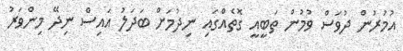
އުމުރުން ދުވަސް ވުމުން ތަބީއީ ގޮތެއްގައި ނިދުމަށް ބަދަލު އައިސް ނިދޭ މިންވަރު